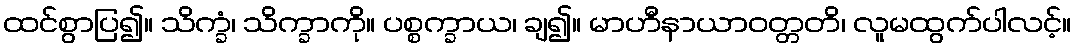
ထင်စွာပြ၍။ သိက္ခံ၊ သိက္ခာကို။ ပစ္စက္ခာယ၊ ချ၍။ မာဟီနာယာဝတ္တတိ၊ လူမထွက်ပါလင့်။